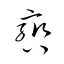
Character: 轡